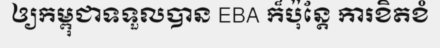
ឲ្យកម្ពុជាទទួលបាន EBA ក៏ប៉ុន្តែ ការខិតខំ